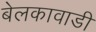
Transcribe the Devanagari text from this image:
बेलकावाडी